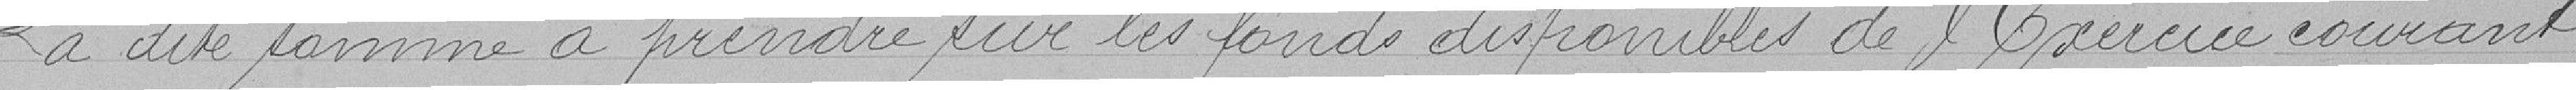
La dite somme à prendre sur les fonds disponibles de l'Exercice courant